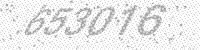
Solution: 653016